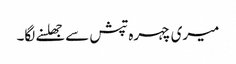
میری چہرہ تپش سے جھلسنے لگا۔